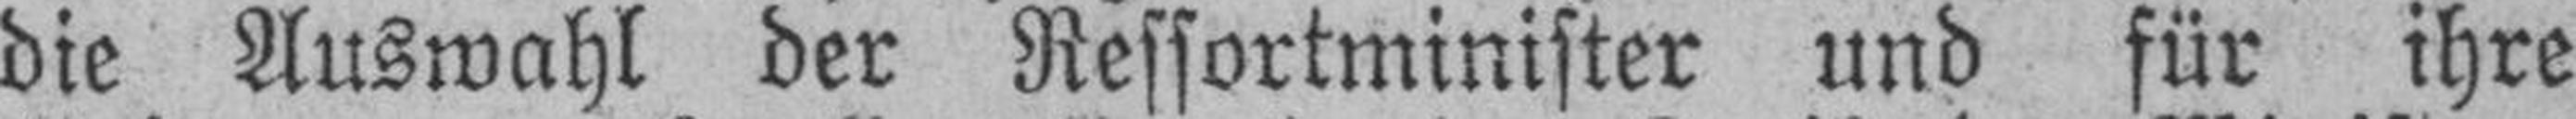
die Auswahl der Ressortminister und für ihre